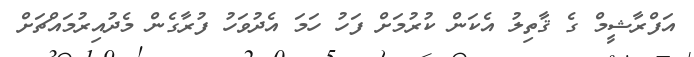
އަފްރާޝީމް ގެ ޤާތިލު އެކަން ކުރުމަށް ފަހު ހަމަ އެދުވަހު ފުރާގެން މެދުއިރުމައްޗަށް